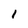
Character: 1